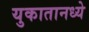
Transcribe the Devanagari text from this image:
युकातानध्ये